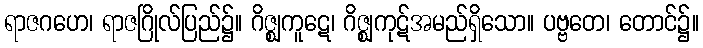
ရာဇဂဟေ၊ ရာဇဂြိုလ်ပြည်၌။ ဂိဇ္ဈကူဋေ၊ ဂိဇ္ဈကုဋ်အမည်ရှိသော။ ပဗ္ဗတေ၊ တောင်၌။